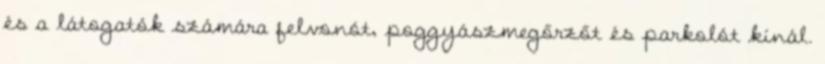
és a látogatók számára felvonót, poggyászmegőrzőt és parkolót kínál.